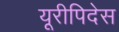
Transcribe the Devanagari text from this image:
यूरीपिदेस